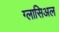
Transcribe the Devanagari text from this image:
ग्लासिअल